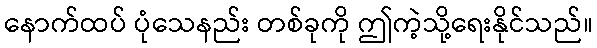
နောက်ထပ် ပုံသေနည်း တစ်ခုကို ဤကဲ့သို့ရေးနိုင်သည်။